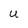
Character: U